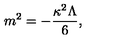
m ^ { 2 } = - \frac { \kappa ^ { 2 } \Lambda } { 6 } ,